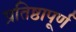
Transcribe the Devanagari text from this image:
प्रतिष्ठापूर्ण